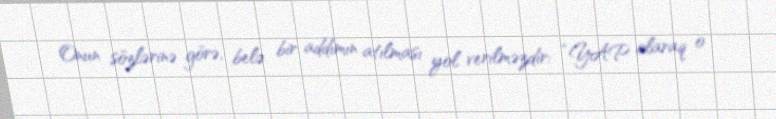
Onun sözlərinə görə, belə bir addımın atılması yol verilməzdir: “YAP olaraq o